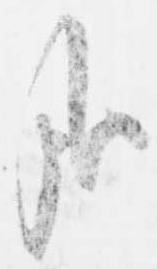
哉